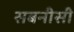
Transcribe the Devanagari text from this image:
सबनीसी